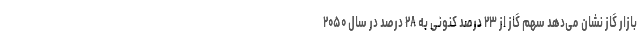
بازار گاز نشان می‌دهد سهم گاز از ۲۳ درصد کنونی به ۲۸ درصد در سال ۲۰۵۰